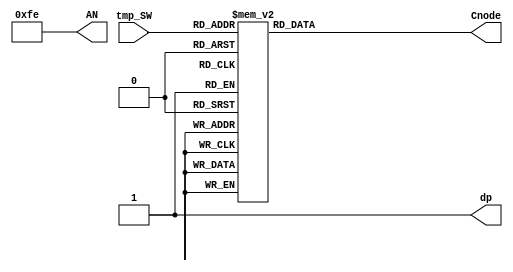
`timescale 1ns / 1ps

module SEGDRIVE(
   // input en,
    //input [31:0] SW,
    input [3:0] tmp_SW,
    output reg [6:0] Cnode,
    output dp,
    output wire [7:0] AN
    );
    //reg [31:0] temp;
    //reg [3:0] tmp_SW;
    
    assign AN = 8'b11111110;
    assign dp = 1'b1;
    always@(tmp_SW)
    begin
        case (tmp_SW)
            4'd0: Cnode <= 7'b0000001; 
            4'd1: Cnode <= 7'b1001111; 
            4'd2: Cnode <= 7'b0010010; 
            4'd3: Cnode <= 7'b0000110; 
            4'd4: Cnode <= 7'b1001100; 
            4'd5: Cnode <= 7'b0100100; 
            4'd6: Cnode <= 7'b0100000; 
            4'd7: Cnode <= 7'b0001111; 
            4'd8: Cnode <= 7'b0000000; 
            4'd9: Cnode <= 7'b0000100; 
            4'd10:Cnode <= 7'b0001000; 
            4'd11:Cnode <= 7'b1100000; 
            4'd12:Cnode <= 7'b0110001; 
            4'd13:Cnode <= 7'b1000010; 
            4'd14:Cnode <= 7'b0110000; 
            4'd15:Cnode <= 7'b0111000; 
        endcase
    end
        
        
        
        
        
        
        
        
        
        
        
        
        
        
        
        

 
 
 
 
 
 
 
 
 
 
 
 
 
 
 
 
 
 
 
 
 
endmodule